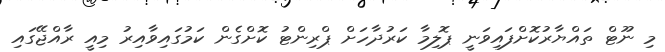
މި ނޫޓް ތައްޔާރުކޮށްފައިވަނީ ޕޮލިމާ ކަރުދާހަށް ޕްރިންޓު ކޮށްގެން ކަމުގައިވާއިރު މިއީ ރާއްޖޭގައި